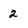
Character: 2